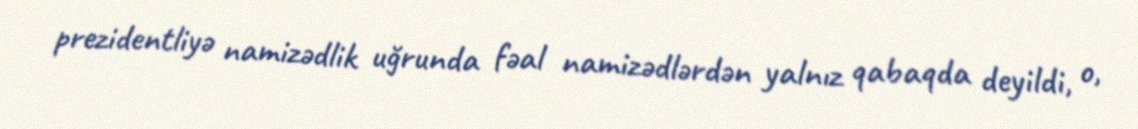
prezidentliyə namizədlik uğrunda fəal namizədlərdən yalnız qabaqda deyildi, o,